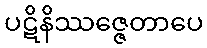
ပဋိနိဿဇ္ဇေတာပေ